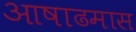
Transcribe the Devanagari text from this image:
आषाढमास